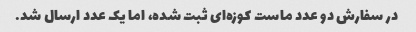
در سفارش دو عدد ماست کوزه‌ای ثبت شده، اما یک عدد ارسال شد.